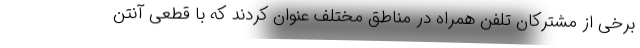
برخی از مشترکان تلفن همراه در مناطق مختلف عنوان کردند که با قطعی آنتن